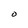
Character: O